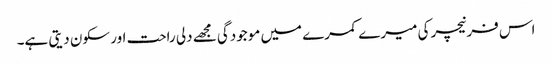
اس فرنیچر کی میرے کمرے میں موجودگی مجھے دلی راحت اور سکون دیتی ہے۔